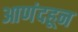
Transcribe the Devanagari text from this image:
आणंदहून